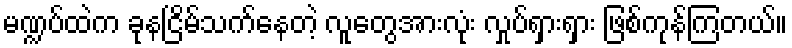
မဏ္ဍပ်ထဲက ခုနငြိမ်သက်နေတဲ့ လူတွေအားလုံး လှုပ်ရှားရှား ဖြစ်ကုန်ကြတယ်။